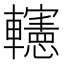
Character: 𨏥